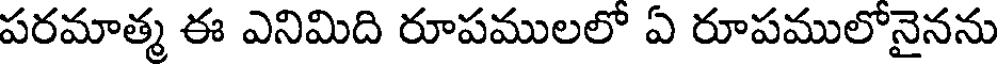
పరమాత్మ ఈ ఎనిమిది రూపములలో ఏ రూపములోనైనను